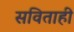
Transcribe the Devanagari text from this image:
सविताही